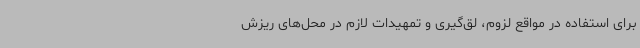
برای استفاده در مواقع لزوم، لق‌گیری و تمهیدات لازم در محل‌های ریزش